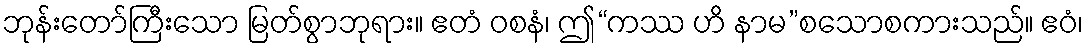
ဘုန်းတော်ကြီးသော မြတ်စွာဘုရား။ ဧတံ ဝစနံ၊ ဤ“ကဿ ဟိ နာမ”စသောစကားသည်။ ဧဝံ၊